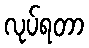
လုပ်ရတာ